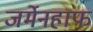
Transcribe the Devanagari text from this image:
जर्मेनहाफ